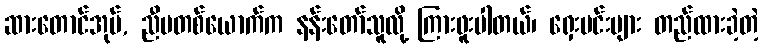
ဆားတောင်အုပ်, ညီမတစ်ယောက်က နန်းတော်သူလို့ ကြားဖူးပါတယ်၊ ရှေးမင်းများ တည်ထားခဲ့တဲ့